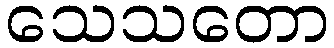
သေသတော